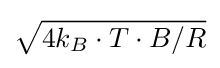
{\sqrt {4k_{B}\cdot T\cdot B/R}}